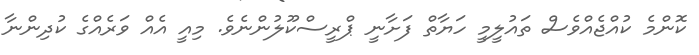
ކޮންމެ ކުއްޖެއްވެސް ތައުލީމީ ހަޔާތް ފަށާނީ ޕްރީސްކޫލުންނެވެ. މިއީ އެއް ވަރެއްގެ ކުދިންނާ